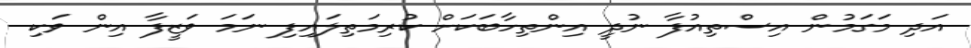
އަދި މަގަމުން އިސްތިއުފާ ނުދީ އިންތިހާބަކަށް ކުރިމަތިލައިފި ނަމަ ވަޒީފާ އިން ވަކި